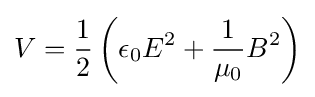
V={\frac {1}{2}}\left(\epsilon _{0}E^{2}+{\frac {1}{\mu _{0}}}B^{2}\right)